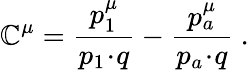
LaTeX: \mathbb{C}^{\mu}=\frac{{p_{1}^{\mu}}}{{p_{1}\! \cdot\! q}}-\frac{{p_{a}^{\mu}}}{{p_{a}\! \cdot\! q}}\ .